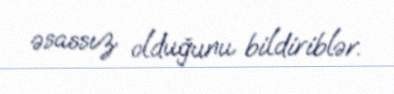
əsassız olduğunu bildiriblər.